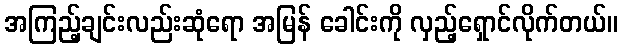
အကြည့်ချင်းလည်းဆုံရော အမြန် ခေါင်းကို လှည့်ရှောင်လိုက်တယ်။